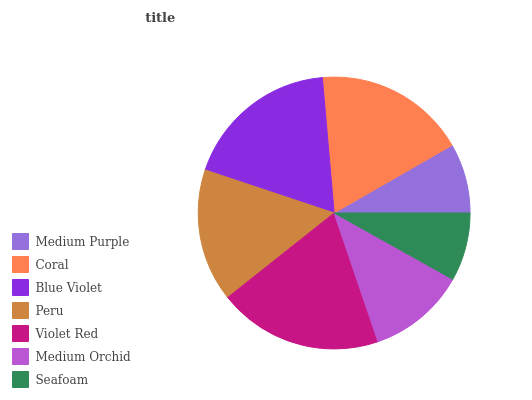
| Medium Purple | Coral | Blue Violet | Peru | Violet Red | Medium Orchid | Seafoam |
 | --- | --- | --- | --- | --- | --- | --- |
 | 8.29% | 18.1% | 18.5% | 15.8% | 19.6% | 11.7% | 8.11% |